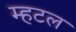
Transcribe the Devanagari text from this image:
म्हटल